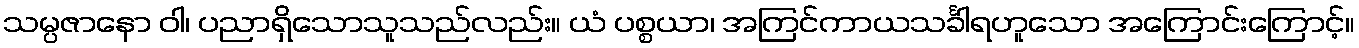
သမ္ပဇာနော ဝါ၊ ပညာရှိသောသူသည်လည်း။ ယံ ပစ္စယာ၊ အကြင်ကာယသင်္ခါရဟူသော အကြောင်းကြောင့်။